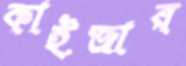
কাইজার